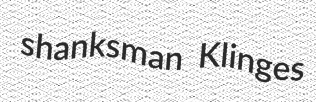
shanksman Klinges